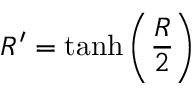
{ R ^ { \prime } = \operatorname { t a n h } \left( \frac { R } { 2 } \right) }